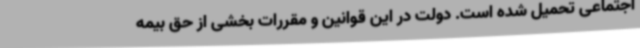
اجتماعی تحمیل شده است. دولت در این قوانین و مقررات بخشی از حق بیمه